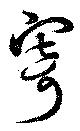
寄